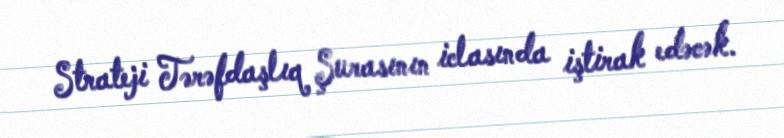
Strateji Tərəfdaşlıq Şurasının iclasında iştirak edəcək.